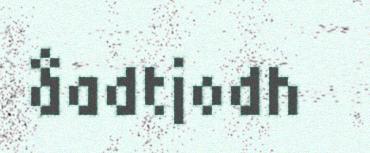
åadtjodh